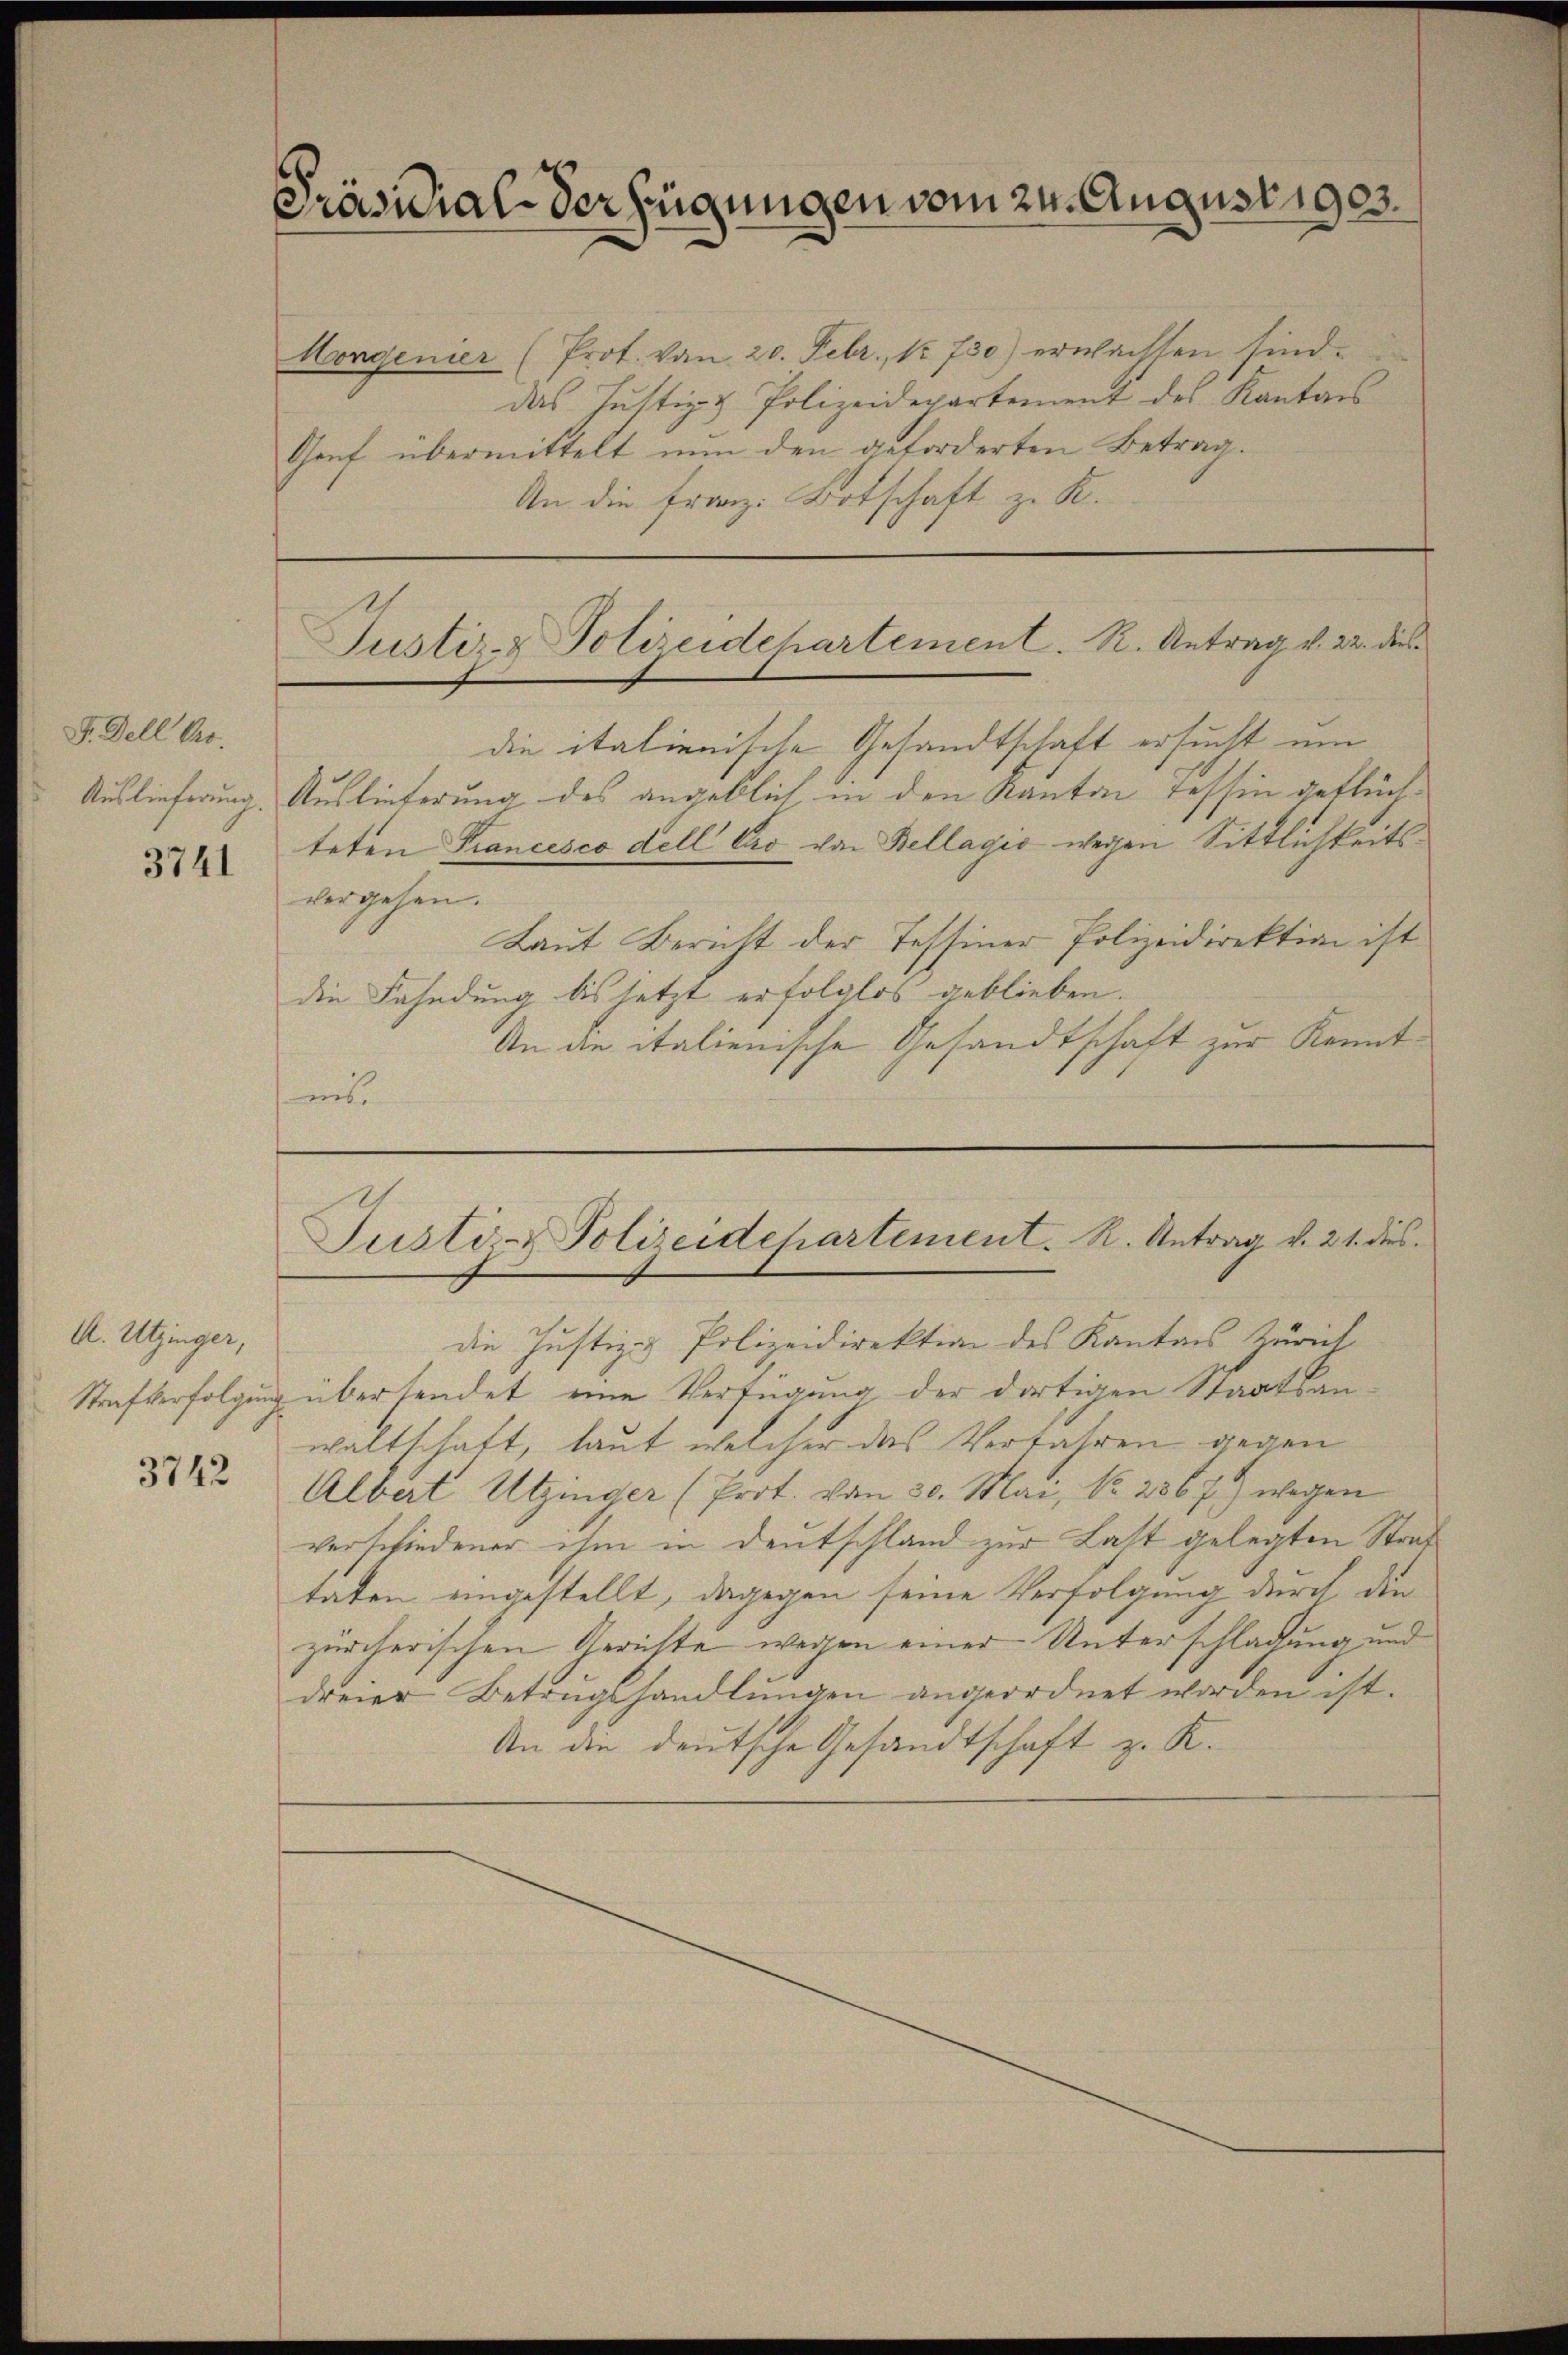
F. Dell Ao.
Auslieferung.
3741

A. Utzinger,
Strafverfolgung

3742

Präsidial-Verfügungen vom 24. August 1903.

Horgenier (Prot. von 20. Febr. 1730) erwachsen sind.
das Justiz & Polizeidepartement des Kantons
Genf übermittelt nun den geforderten Betrag.
An die Franz: Botschaft zu R.

Justiz- & Polizeidechartement. R. Antrag v. 22. dies

die italienische Gesandtschaft ersucht um
Auslieferung des angeblich, in den Kanton Tessin geflüchteten Trancesco dell Cro von Bellagić wegen Sittlichkeitsvergehen.
Laut Bericht der Tessiner Polizeidirektion ist
die Fahndung bis jetzt erfolglos geblieben.
An die italienische Gesandtschaft zur Kenntins.

Justiz- & Polizeidehartement. R. Antrag v. 21. dies

die Justiz & Polizeidirektion des Kantons Zürich
übersendet eine Verfügung der dortigen Staatsan
waltschaft, laut welcher das Verfahren gegen
Albert Utzinger (Prot. von 30. Mai, No. 236 7) wegen
verschiedener ihm in Deutschland zur Last gelegten Straf
taten eingestellt, dagegen seine Verfolgung durch die
zürcherischen Gerichte wegen einer Unterschlagung und
dreier Betrugshandlŭngen angeordnet worden ist.
An die deutsche Gesandtschaft z. K.